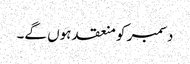
دسمبر کو منعقد ہوں گے۔